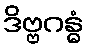
ဒိဗ္ဗဂန္ဓံ